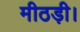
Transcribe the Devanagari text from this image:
मीठड़ी।